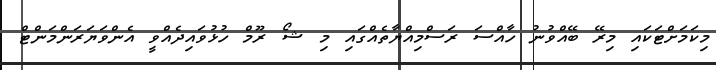
މިކަމަށްޓަކައި މިރޭ ބޭއްވުނު ހާއްސަ ރަސްމިއްޔާތެއްގައި މި ޝޯ ރޫމް ހުޅުވައިދެއްވީ އެންވަޔަރަންމަންޓް